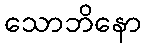
သောဘိနော